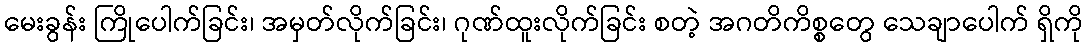
မေးခွန်း ကြိုပေါက်ခြင်း၊ အမှတ်လိုက်ခြင်း၊ ဂုဏ်ထူးလိုက်ခြင်း စတဲ့ အဂတိကိစ္စတွေ သေချာပေါက် ရှိကို